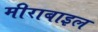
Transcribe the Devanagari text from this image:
मीराबाइल